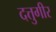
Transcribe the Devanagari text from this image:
दत्तुगीर